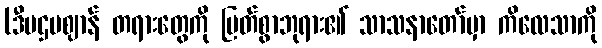
(ဒီပဌမဈာန် တရားတွေကို မြတ်စွာဘုရား၏ သာသနာတော်မှာ ကိလေသာကို